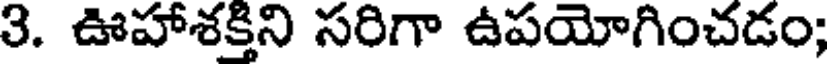
3. ఊహాశక్తిని సరిగా ఉపయోగించడం;